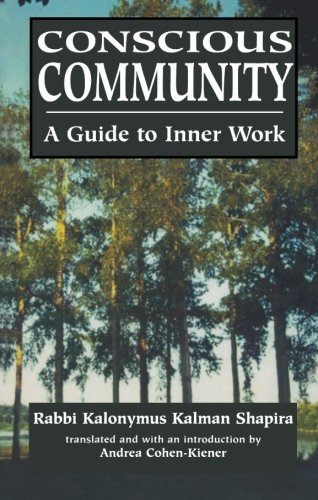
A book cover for Conscious Community: A Guide to Inner Work; Kalonymus Kalman Shapira; Religion & Spirituality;